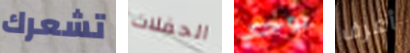
تشعرك الحفلات يوجد أعرف